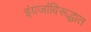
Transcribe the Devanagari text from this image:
इंग्रजांविरूद्धात